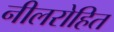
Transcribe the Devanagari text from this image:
नीलरोहित